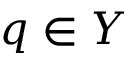
q \in Y